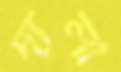
দ্যলা